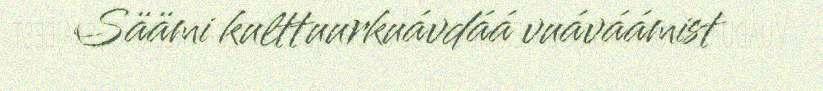
Säämi kulttuurkuávdáá vuáváámist